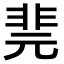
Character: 𩇲